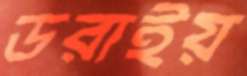
ডরাইয়